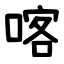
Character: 喀